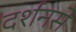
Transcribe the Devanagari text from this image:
दर्शनसे